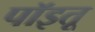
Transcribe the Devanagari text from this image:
पॉइतू